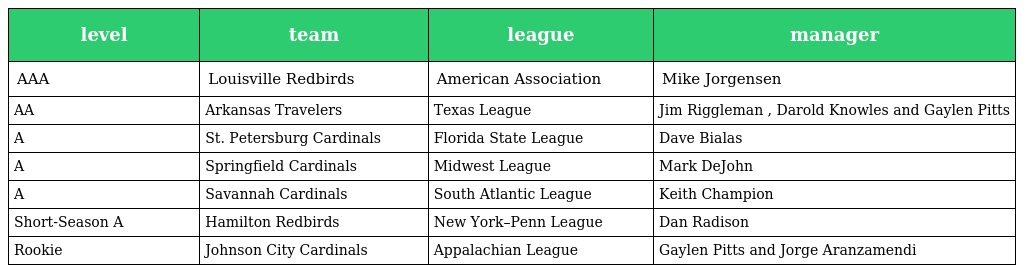
| level | team | league | manager |
 | --- | --- | --- | --- |
 | AAA | Louisville Redbirds | American Association | Mike Jorgensen |
 | AA | Arkansas Travelers | Texas League | Jim Riggleman , Darold Knowles and Gaylen Pitts |
 | A | St. Petersburg Cardinals | Florida State League | Dave Bialas |
 | A | Springfield Cardinals | Midwest League | Mark DeJohn |
 | A | Savannah Cardinals | South Atlantic League | Keith Champion |
 | Short-Season A | Hamilton Redbirds | New York–Penn League | Dan Radison |
 | Rookie | Johnson City Cardinals | Appalachian League | Gaylen Pitts and Jorge Aranzamendi |